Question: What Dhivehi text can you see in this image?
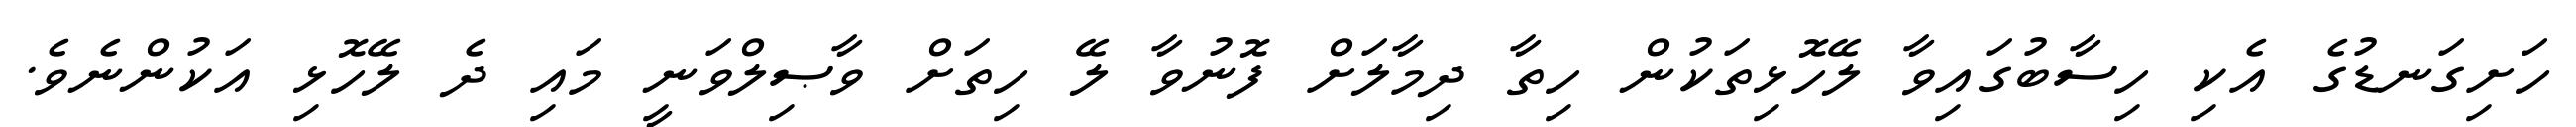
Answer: ހަށިގަނޑުގެ އެކި ހިސާބުގައިވާ ލޭހޮޅިތަކުން ހިތާ ދިމާލަށް ފޮނުވާ ލޭ ހިތަށް ވާޞިލްވަނީ މައި ދެ ލޭހޮޅި އަކުންނެވެ.